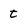
Character: t